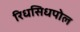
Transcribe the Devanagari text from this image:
रिधसिधपोल